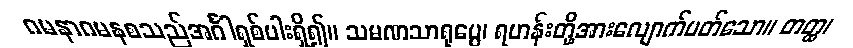
ဂမနာဂမနစသည်အင်္ဂါရှစ်ပါးရှိ၍။ သမဏသာရုပ္ပေ၊ ရဟန်းတို့အားလျောက်ပတ်သော။ တတ္ထ၊